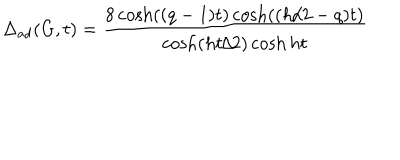
\Delta _ { a d } ( G , t ) = \frac { 8 \cosh ( ( q - 1 ) t ) \cosh ( ( h / 2 - q ) t ) } { \cosh ( h t / 2 ) \cosh h t }